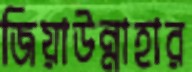
জিয়াউন্নাহার